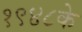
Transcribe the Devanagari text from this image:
१९४८के